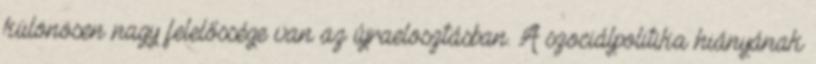
különösen nagy felelőssége van az újraelosztásban. A szociálpolitika hiányának